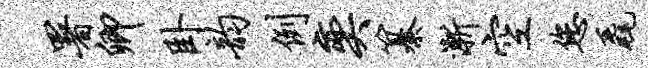
署卿卧韵例奕纂渐空您毳